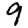
Digit: 9